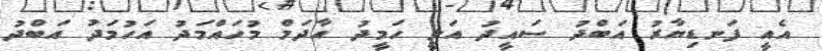
އެއީ ފަނޑިޔާރު އަބްދު ސައީދު އަލީ ހަމީދު އާދަމް މުހައްމަދު އަހުމަދު އަބްދު